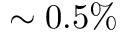
\sim 0 . 5 \%